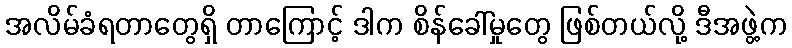
အလိမ်ခံရတာတွေရှိ တာကြောင့် ဒါက စိန်ခေါ်မှုတွေ ဖြစ်တယ်လို့ ဒီအဖွဲ့က